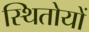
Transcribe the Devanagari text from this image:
स्थितोयों